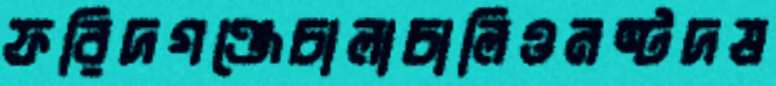
ফরিদগঞ্জেচালাচালিওনষ্টদষ